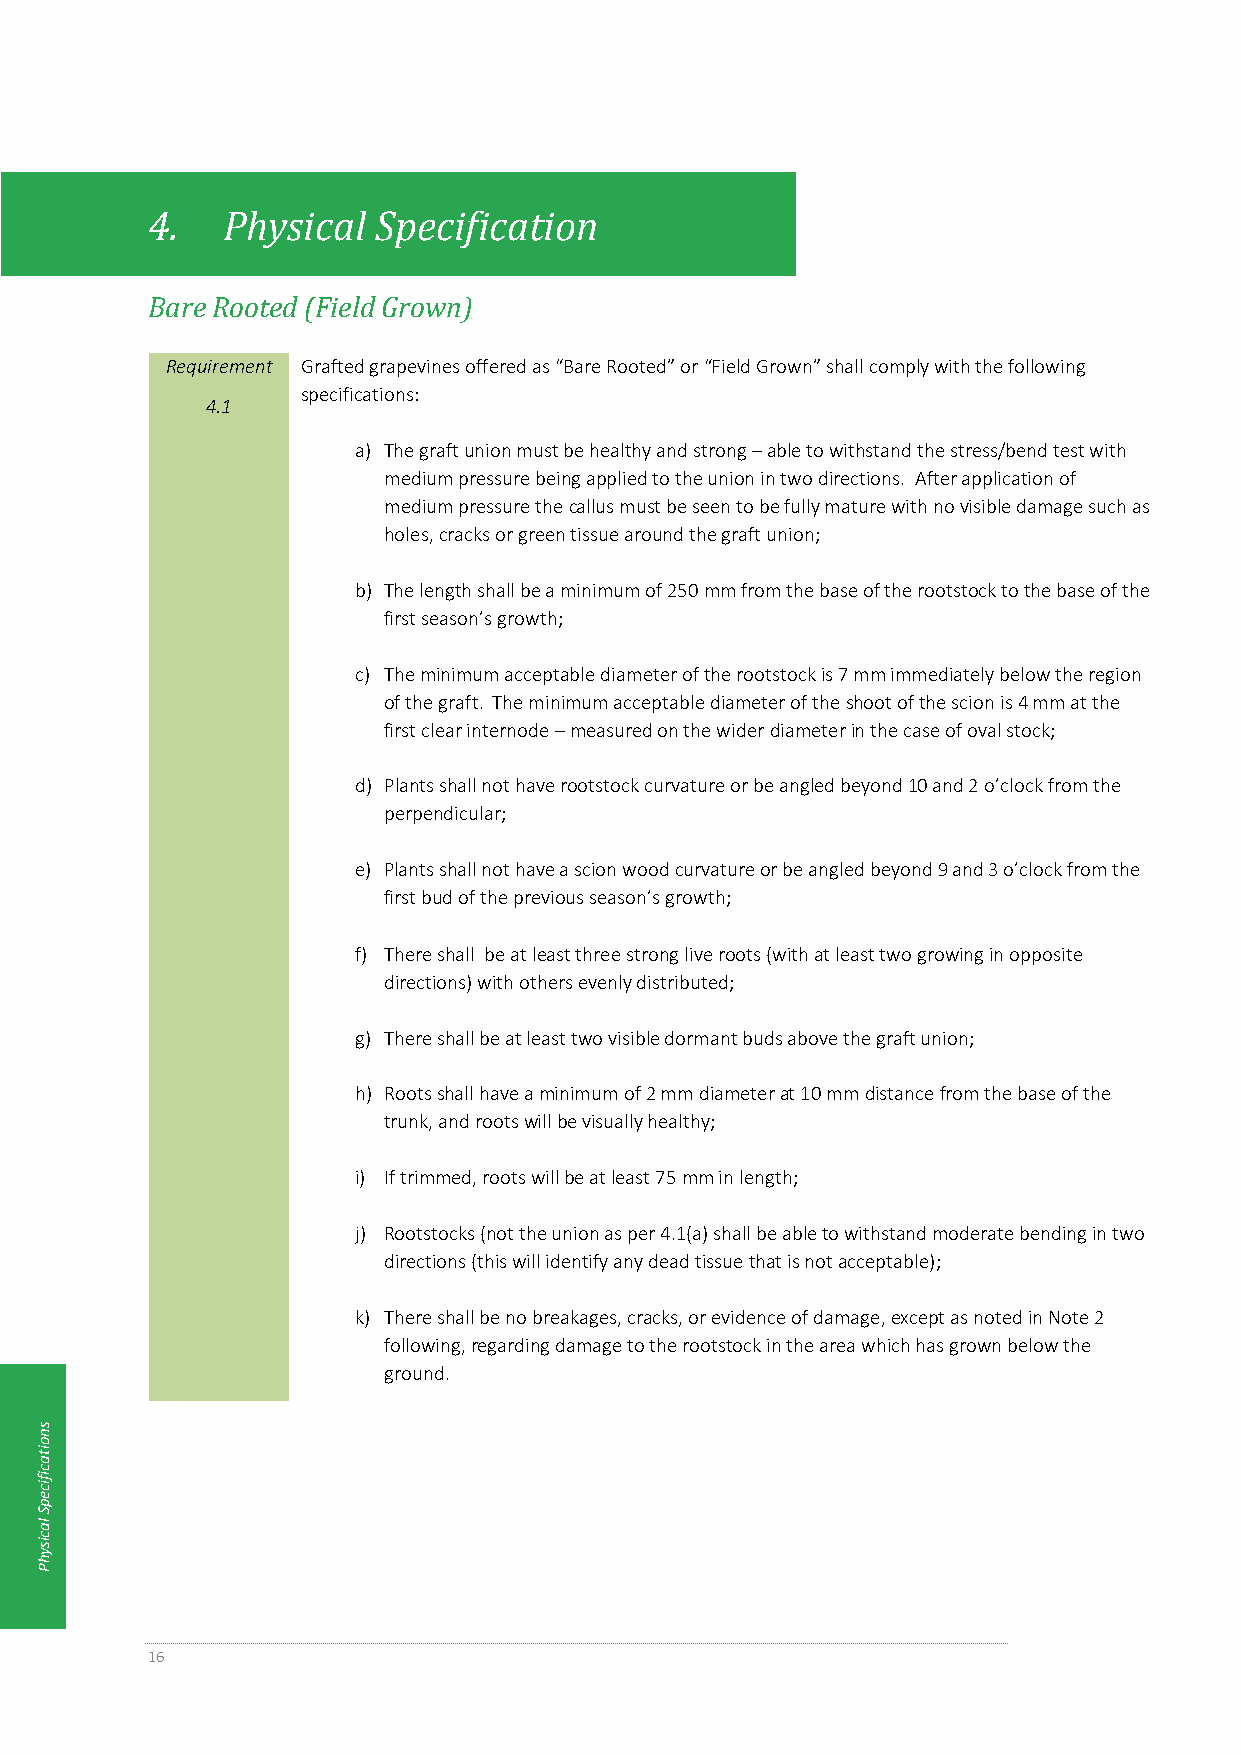
4.   Physical  Specification
 Bare Rooted (Field Grown)
 Requirement Grafted grapevines offered as “Bare Rooted” or “Field Grown” shall comply with the following
 specifications:
 4.1
 a) The graft union must be healthy and strong – able to withstand the stress/bend test with
 medium pressure being applied to the union in two directions. After application of
 medium pressure the callus must be seen to be fully mature with no visible damage such as
 holes, cracks or green tissue around the graft union;
 b) The length shall be a minimum of 250 mm from the base of the rootstock to the base of the
 first season’s growth;
 c) The minimum acceptable diameter of the rootstock is 7 mm immediately below the region
 of the graft. The minimum acceptable diameter of the shoot of the scion is 4 mm at the
 first clear internode – measured on the wider diameter in the case of oval stock;
 d) Plants shall not have rootstock curvature or be angled beyond 10 and 2 o’clock from the
 perpendicular;
 e) Plants shall not have a scion wood curvature or be angled beyond 9 and 3 o’clock from the
 first bud of the previous season’s growth;
 f) There shall be at least three strong live roots (with at least two growing in opposite
 directions) with others evenly distributed;
 g) There shall be at least two visible dormant buds above the graft union;
 h) Roots shall have a minimum of 2 mm diameter at 10 mm distance from the base of the
 trunk, and roots will be visually healthy;
 i) If trimmed, roots will be at least 75 mm in length;
 j) Rootstocks (not the union as per 4.1(a) shall be able to withstand moderate bending in two
 directions (this will identify any dead tissue that is not acceptable);
 k) There shall be no breakages, cracks, or evidence of damage, except as noted in Note 2
 following, regarding damage to the rootstock in the area which has grown below the
 ground.
 s
 n
 o
 ita
 c
 ific
 e
 p
 S
 la
 c
 is
 y
 h
 P
 16